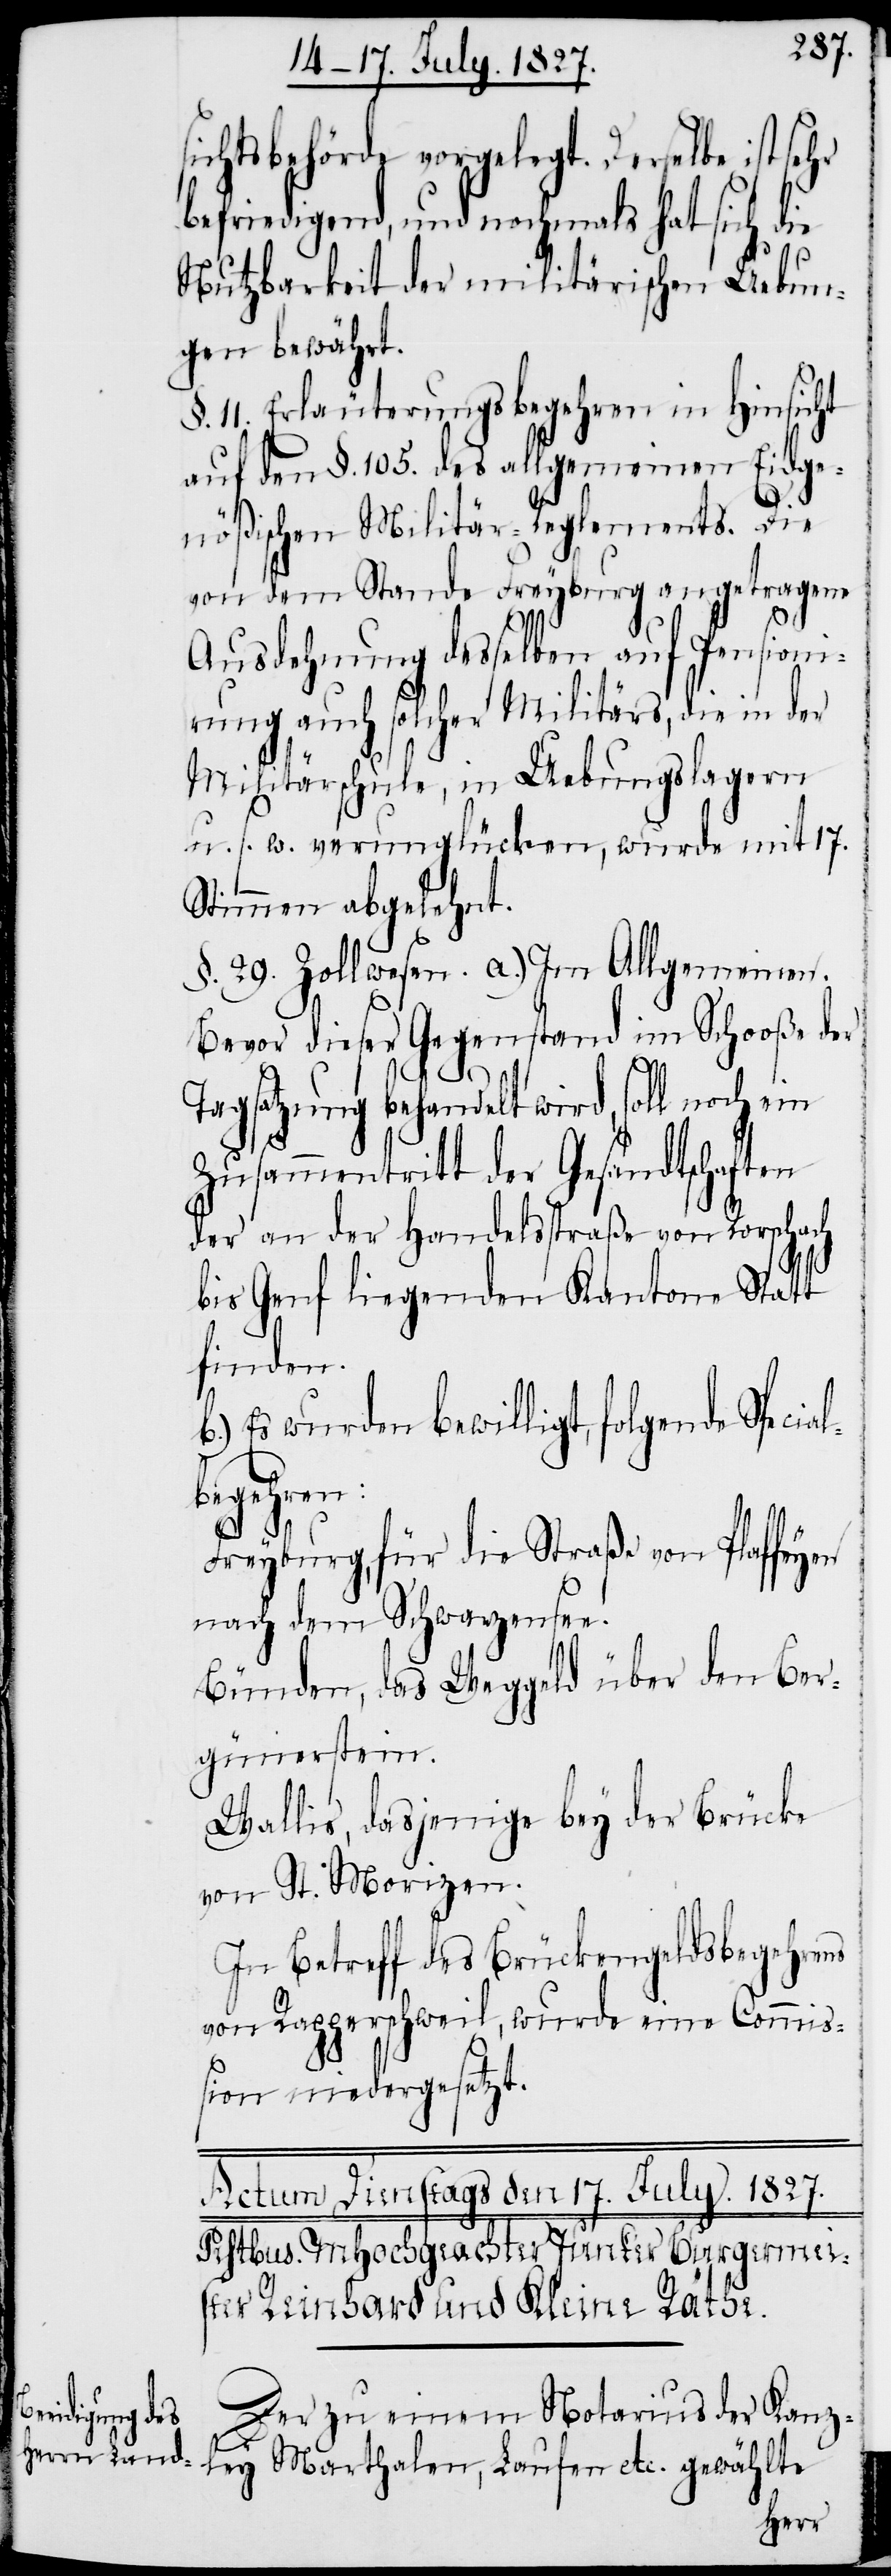
sichtsbehörde vorgelegt. Derselbe ist sehr
befriedigend, und nochmals hat sich die
Nutzbarkeit der militärischen Uebun¬
gen bewährt.
§. 11. Erläuterungsbegehren in Hinsicht
auf den §. 105. des allgemeinen Eidge¬
nößischen Militär-Reglements. Die
von dem Stande Freyburg angetragene
etc.
Ausdehnung desselben auf Pensioni¬
rung auch solcher Militärs, die in der
Militärschule, in Uebungslagern
u. s. w. verunglücken, wurde mit 17.
Stimmen abgelehnt.
§. 29. Zollwesen. a.) Im Allgemeinen.
Bevor dieser Gegenstand im Schooße der
Tagsatzung behandelt wird, soll noch ein
Zusammentritt der Gesandtschaften
der an der Handelsstraße von Rorschach
bis Genf liegenden Kantone Statt
finden.
Es wurden bewilligt, folgende Specia¬
begehren:
Freyburg, für die Straße von Pfaffeyen
nach dem Schwarzensee.
Bünden, das Weggeld über den Ber¬
günerstein.
Wallis, dasjenige bey der Brücke
von St. Morizen.
In Betreff des Brückengeldsbegehrens
von Rapperschweil, wurde eine Commi¬
ßion niedergesetzt.
Der zu einem Notarius der Kanzley